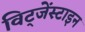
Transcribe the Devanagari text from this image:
विट्जेंस्टाइन